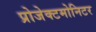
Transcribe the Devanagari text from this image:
प्रोजेक्टमोनिटर